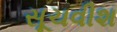
સૂચવીશ